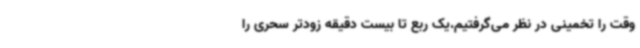
وقت را تخمینی در نظر می‌گرفتیم.یک ربع تا بیست دقیقه زودتر سحری را